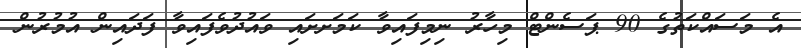
އެ މަސައްކަތުގެ 90 ޕަސެންޓް މިހާރު ނިމިފައިވާ ކަމަށށައި ވައުދުވެފައިވާ ފަދައިން އުމުރުން